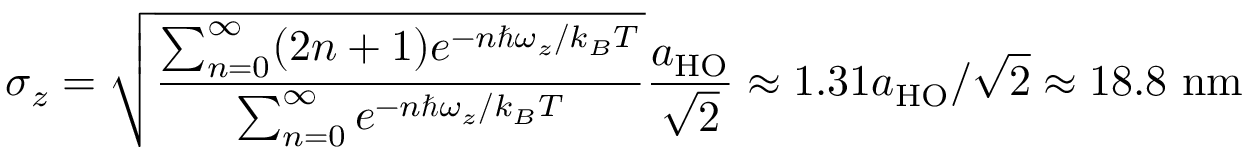
\sigma _ { z } = \sqrt { \frac { \sum _ { n = 0 } ^ { \infty } ( 2 n + 1 ) e ^ { - n \hbar \omega _ { z } / k _ { B } T } } { \sum _ { n = 0 } ^ { \infty } e ^ { - n \hbar \omega _ { z } / k _ { B } T } } } \frac { a _ { \mathrm { { H O } } } } { \sqrt { 2 } } \approx 1 . 3 1 a _ { \mathrm { { H O } } } / \sqrt { 2 } \approx 1 8 . 8 ~ \mathrm { { n m } }